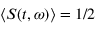
\langle S ( t , \omega ) \rangle = 1 / 2